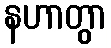
နဟာတွာ